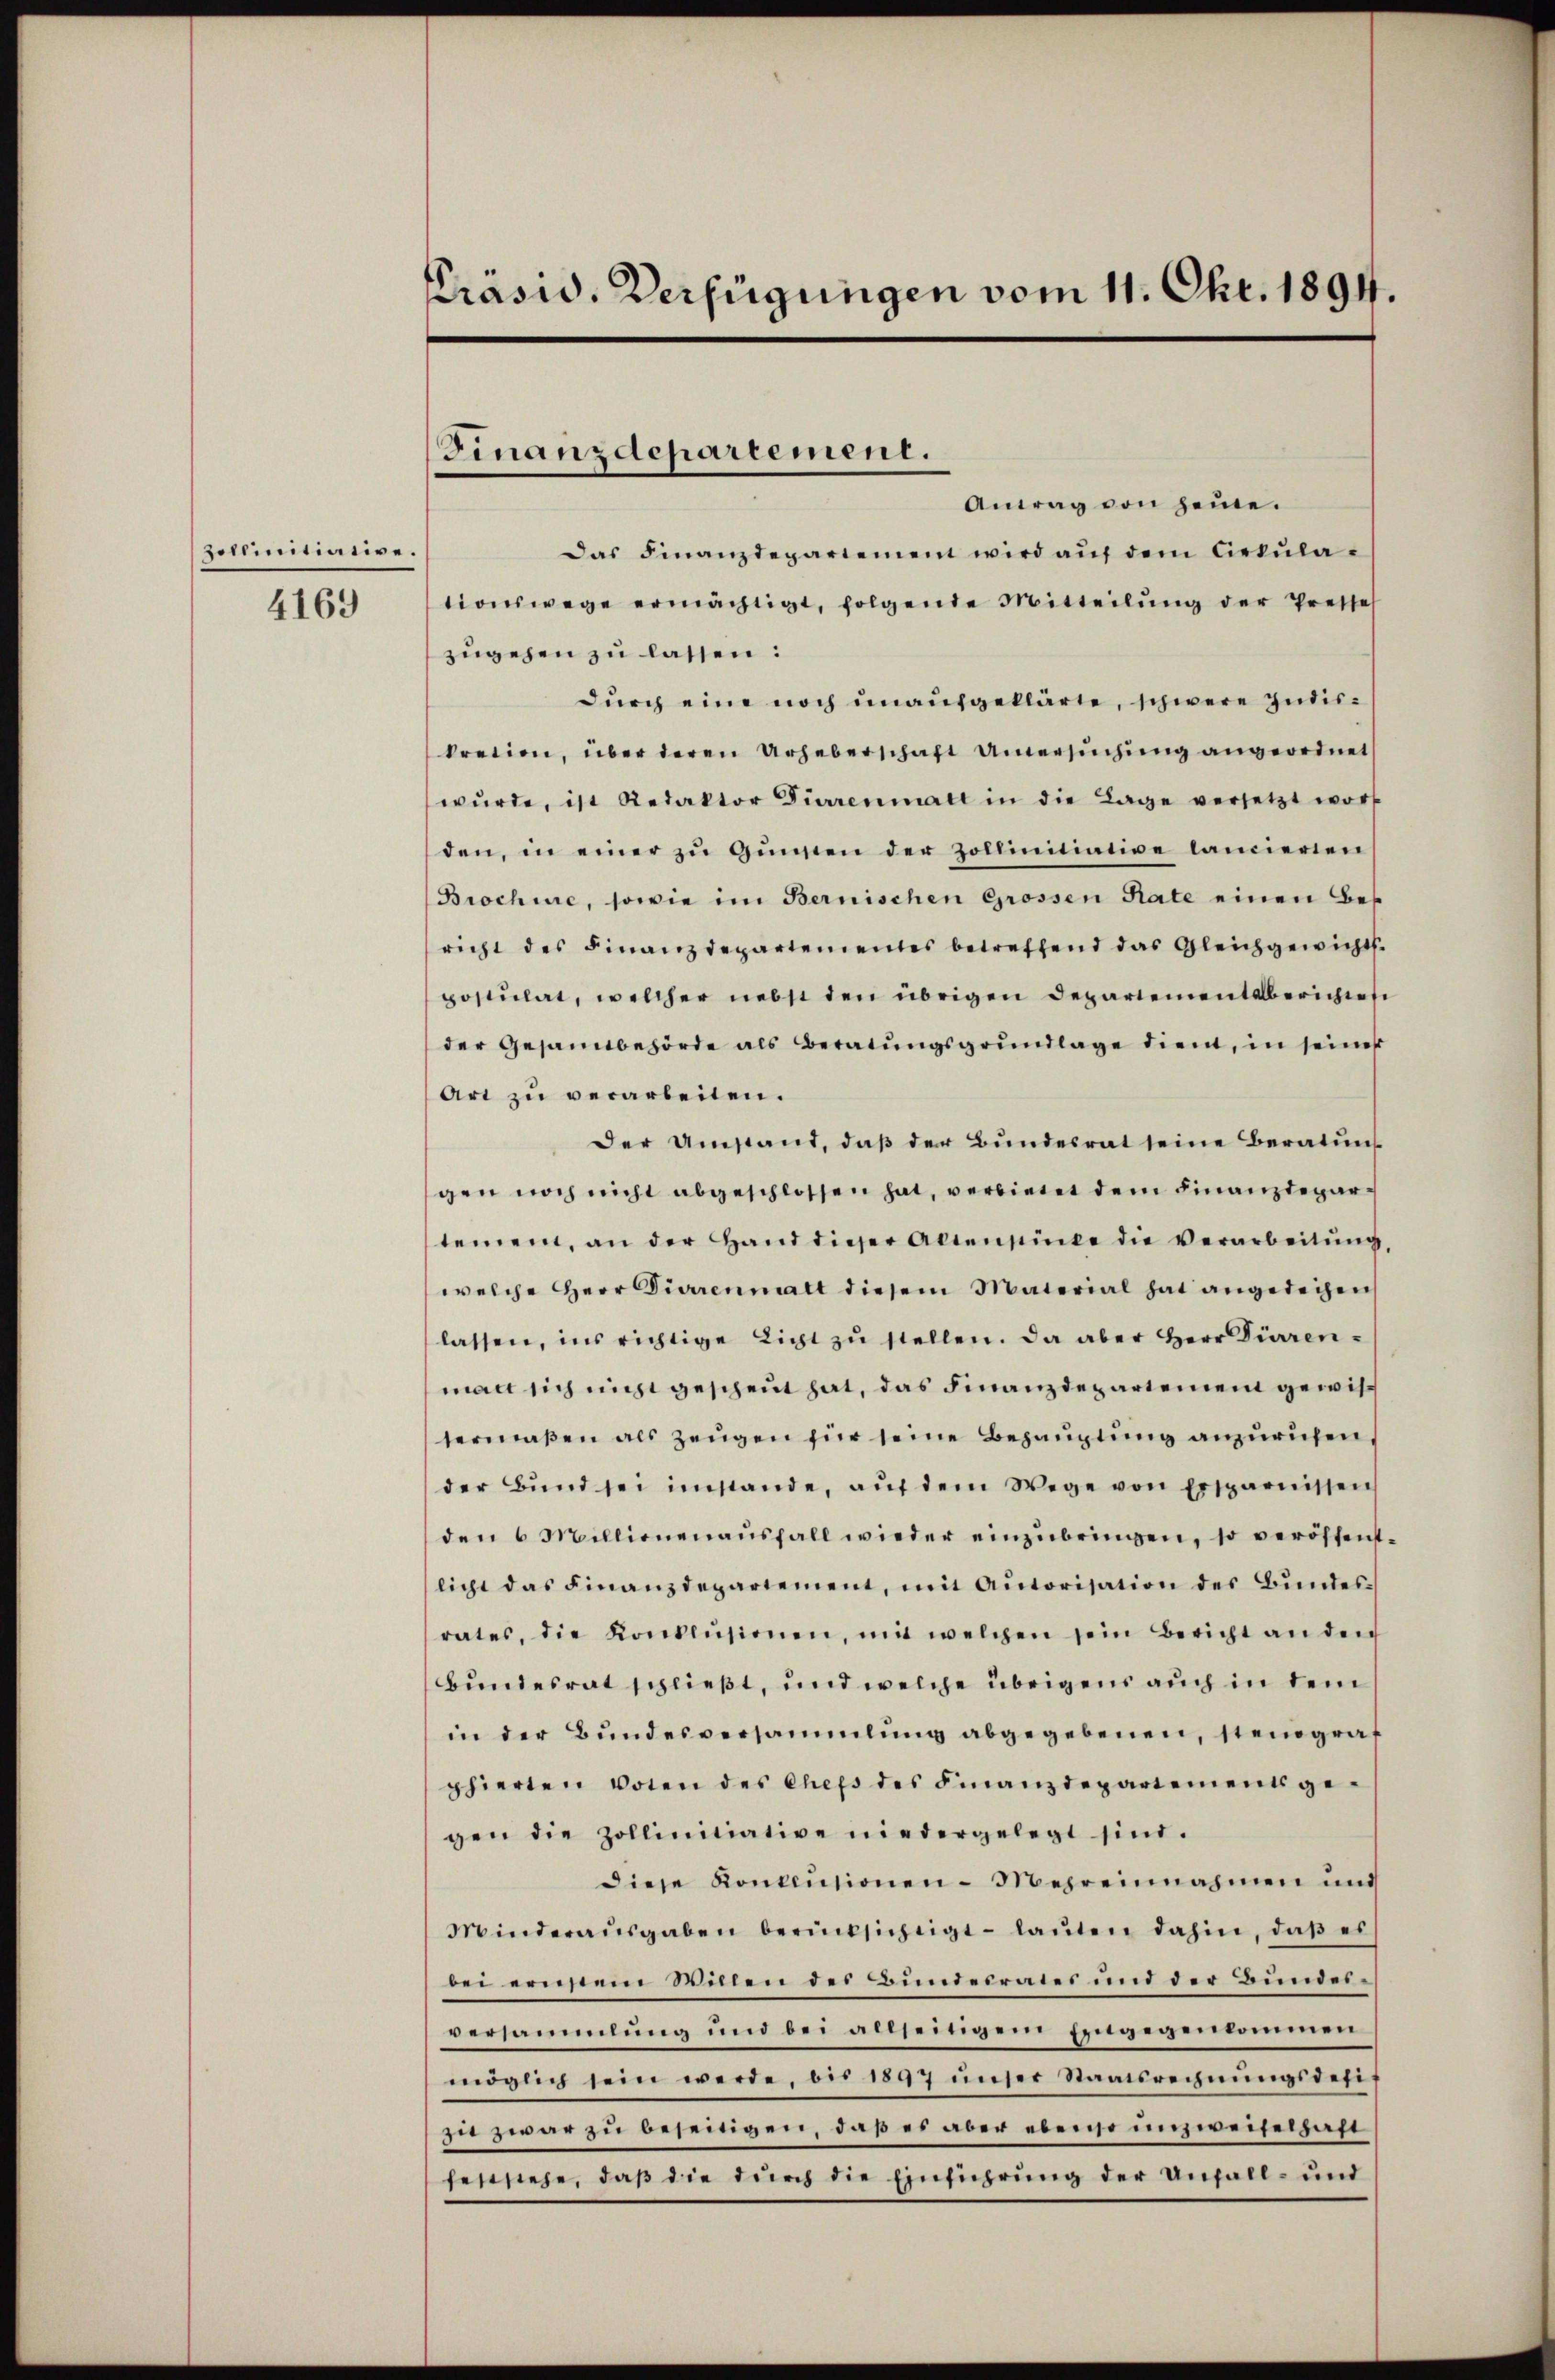
zollinitiative.

4169

Präsid. Verfügungen vom 11. Okt. 1894.

Finanzdepartement.

Antrag von Heine.
Das Finanzdepartement wird aŭf dem Ciekulationswege ermächtigt, folgende Mitteilŭng der Presse
zugehen zu lassen:
durch eine noch unaufgeklärte, schwere Indiskration, über deren Urheberschaft Untersŭchŭng angeordnet
wŭrde, ist Redaktor Dürrenmatt in die Lage versetzt wort
den, in einer zu Gunsten der Zollinitiative lancieren
Brochire, sowie im Bernischen Grossen Rate einen Bes
richt des Finanzdepartementes betreffend das Gleichgewichts
postulat, welcher nebst den übrigen Departement berichten
der Gesamtbehörde als Beratŭngsgrundlage dient, in seiner
ari zu verarbeiten.
Der Umstand, daß der Bundesrat seine Beratung
gen noch nicht abgeschlossen hat, verbietet dem Finanzdepartement, an der Hand dieser Aktensinte die verarbeitŭng,
welche Herr Diarrenmalt diesem Material hat angedeihen
lassen, ins richtige Licht zŭ stellen. Da aber Herr Diarenmalt sich nicht gescheut hat, das Finanzdepartement gewistermaßen als Zeŭgen für seine Behauptung anzurufen,
der Bŭnd sei imstande, aŭf dem Wege von Ersparnissen
den 6 Millionenausfall wieder einzubringen, so veröffentlicht das Finanzdepartement, mit Autorisation des Bundesrates, die Konklŭsionen, mit welchen sein Bericht an den
Bundesrat schließt, und welche übrigens auch in dem
in der Bŭndesversammlung abgegebenen, stenograf
phierten voten des Chefs des Finanzdepartementsge-
gen die Zollinitiative niedergelegt sind.
diese Konklusionen-Mehreinnahmen und
Minderaŭsgaben berücksichtigt - laŭten dahin, daß es
bei ernstem Willen des Bŭndesrates und der Bŭndes-
versammlung und bei allseitigem Eingegenkommen
möglich sein werde, bis 1897 unser Staatsrechnungsdefizu zwar zu beseitigen, daß es aber ebenso unzweifelhaft
feststehe, daß die durch die Einführung der Unfall- und